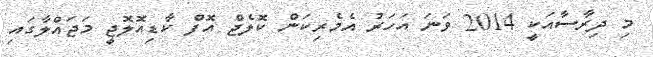
މި ދިރާސާއަކީ 2014 ވަނަ އަހަރު އެމެރިކަން ކޮލެޖް އޮފް ކާޑިއޮލޮޖީ މަޖައްލާގައި